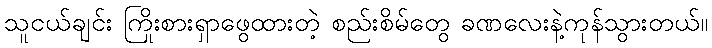
သူငယ်ချင်း ကြိုးစားရှာဖွေထားတဲ့ စည်းစိမ်တွေ ခဏလေးနဲ့ကုန်သွားတယ်။